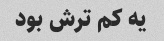
یه کم ترش بود